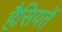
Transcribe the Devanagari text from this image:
हैसियतें